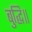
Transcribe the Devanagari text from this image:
बुद्धि॥